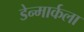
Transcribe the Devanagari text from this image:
डेन्मार्कला